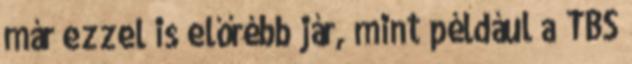
már ezzel is előrébb jár, mint például a TBS